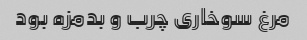
مرغ سوخاری چرب و بدمزه بود